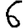
Digit: 6